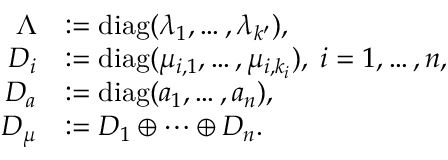
\begin{array} { r l } { \Lambda } & { : = \mathrm { d i a g } ( \lambda _ { 1 } , \ldots , \lambda _ { k ^ { \prime } } ) , } \\ { D _ { i } } & { : = \mathrm { d i a g } ( \mu _ { i , 1 } , \ldots , \mu _ { i , { k _ { i } } } ) , \; i = 1 , \dots , n , } \\ { D _ { a } } & { : = \mathrm { d i a g } ( a _ { 1 } , \ldots , a _ { n } ) , } \\ { D _ { \mu } } & { : = D _ { 1 } \oplus \dots \oplus D _ { n } . } \end{array}